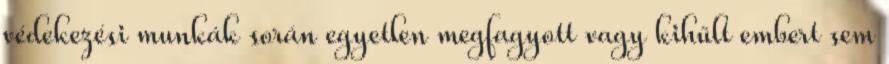
védekezési munkák során egyetlen megfagyott vagy kihűlt embert sem